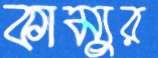
কাম্যুর